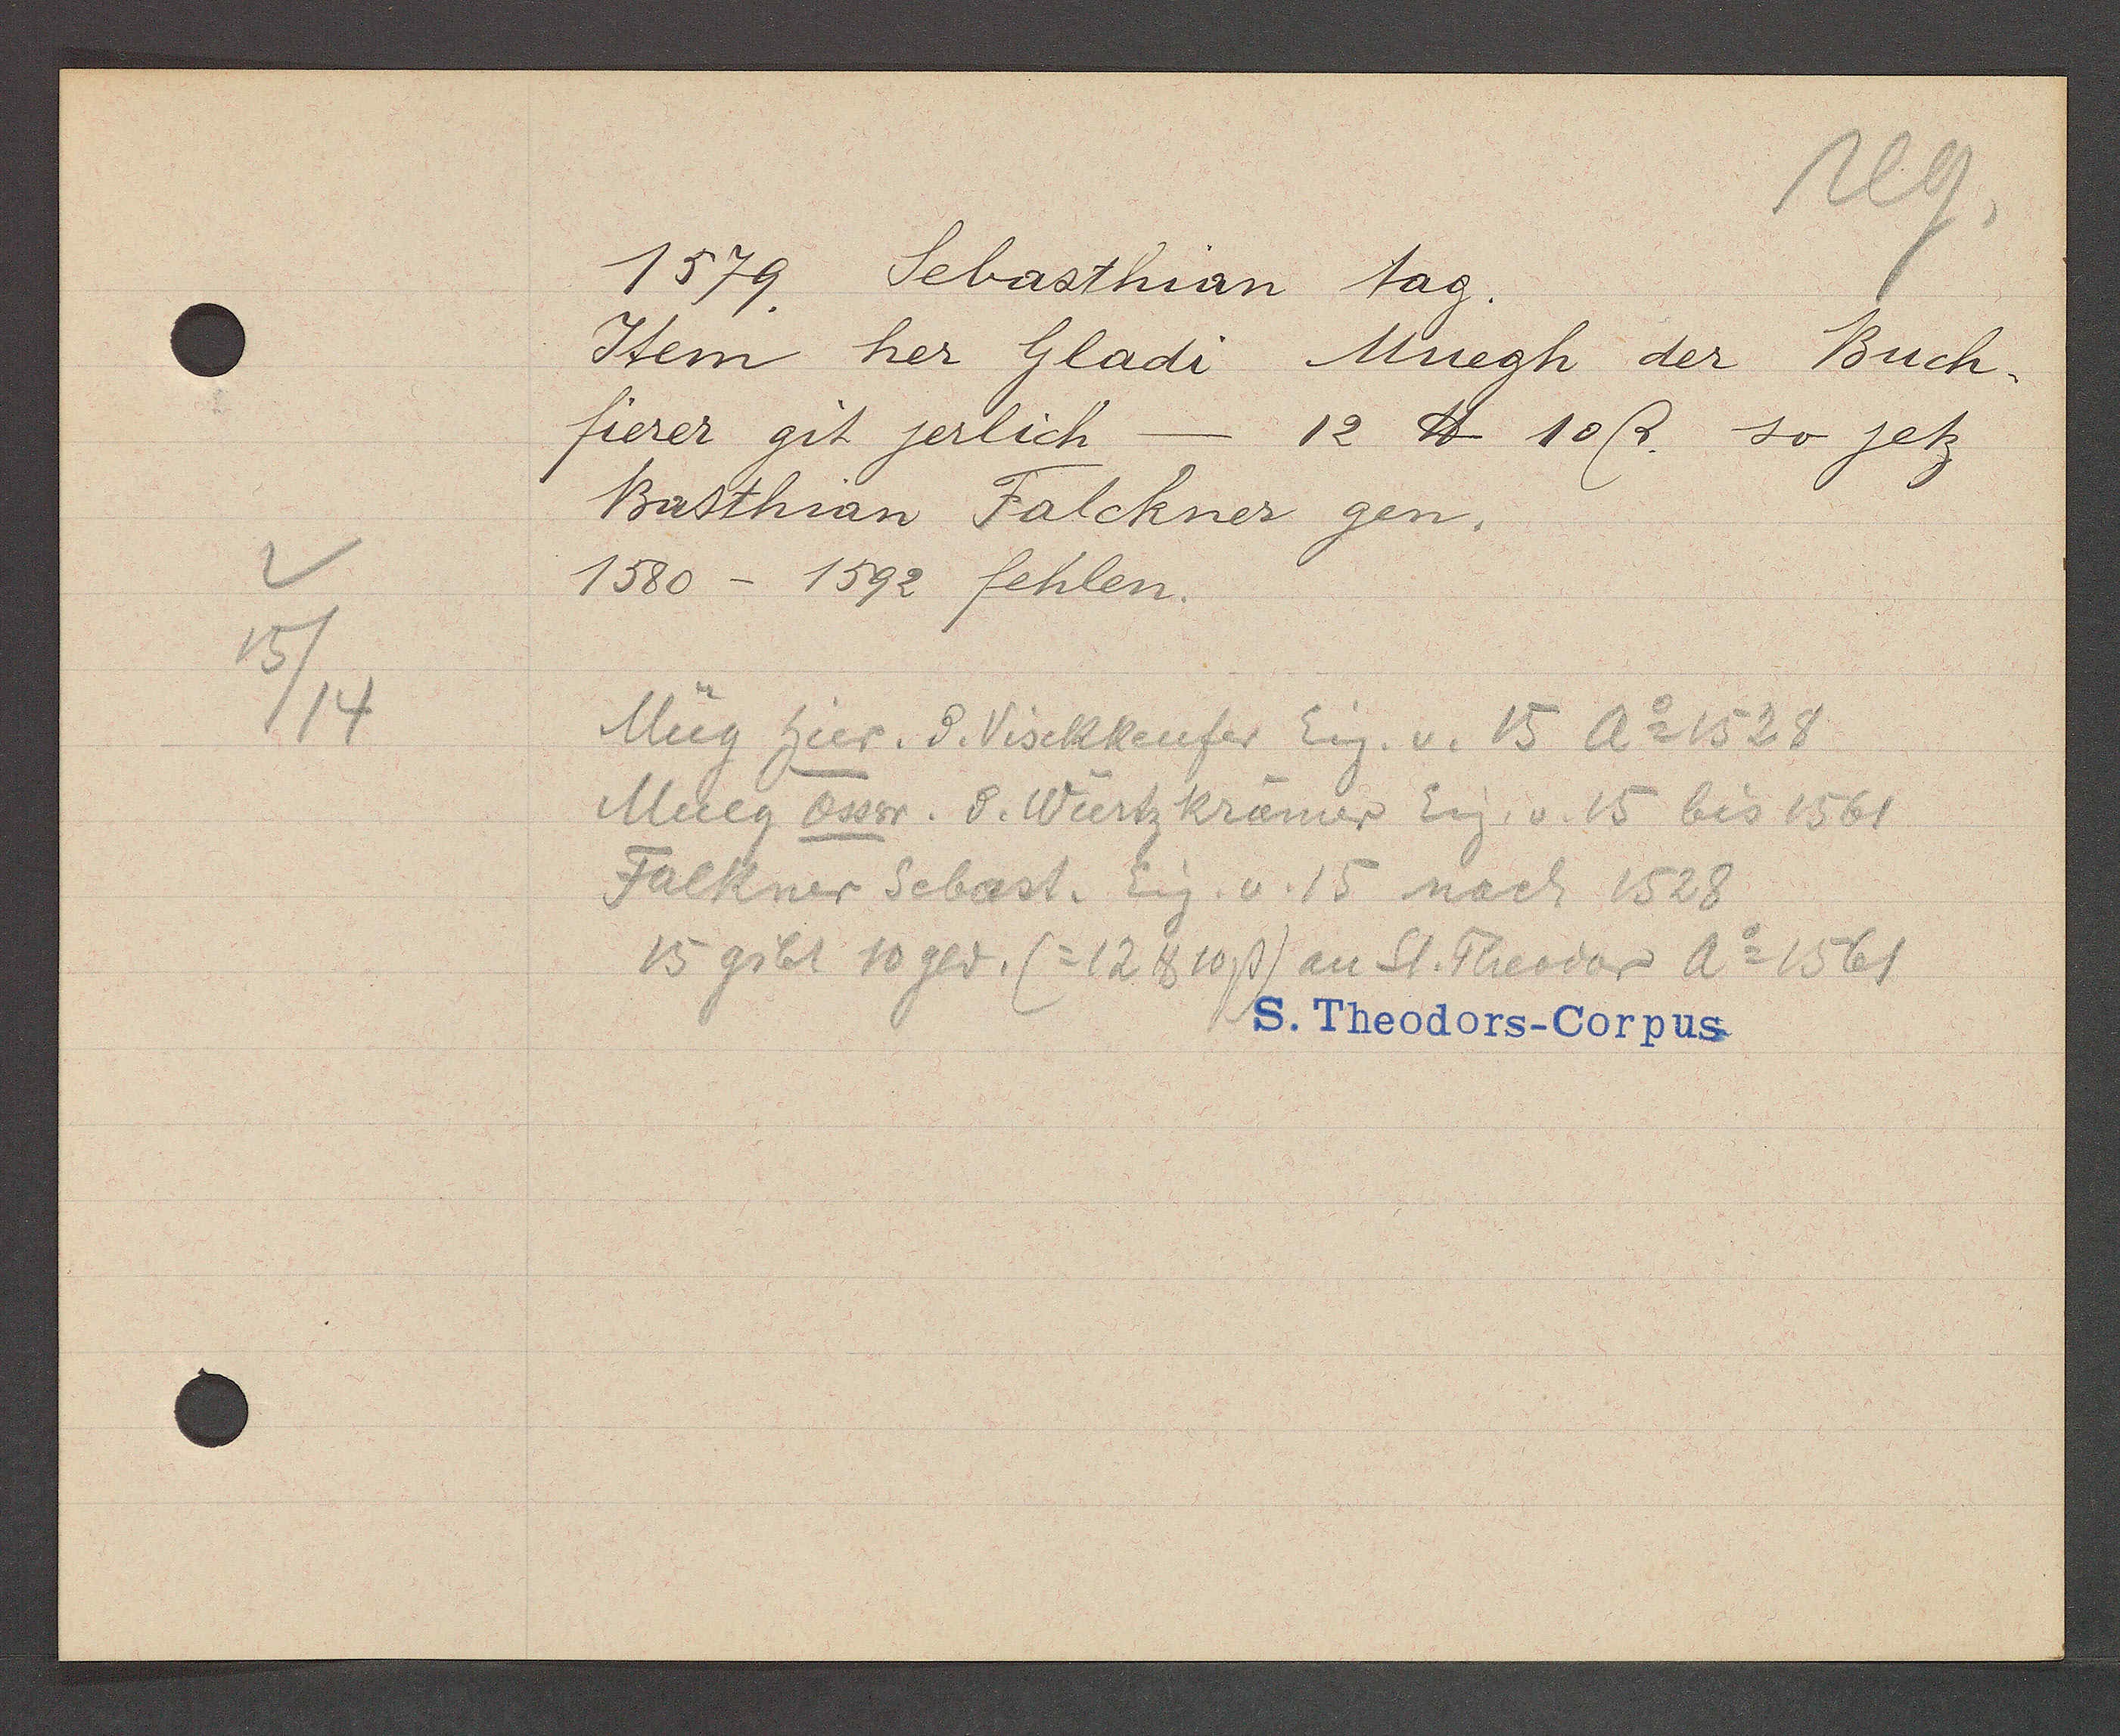
Transcript:
15/14

1579. Sebasthian tag.

Item her Gladi Muegh der Buch¬
fierer git jerlich - 12 ℔ 10ß so jetz
Basthian Falckner gen.
1580 – 1592 fehlen.

Müg hier. d. Vischkeufer Eig. v. 15 Ao 1528
Mueg Ossw. d. Wiertzkrämer Eig. v. 15 bis 1561
Falkner Sebast. Eig. v. 15 nach 1528
15 gibt 10 gld. (=12 ℔ 10ß) an St. Theodor Ao 1561

S. Theodors-Corpus